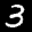
Label: 3